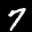
Label: 7